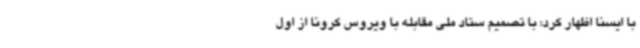
با ایسنا اظهار کرد: با تصمیم ستاد ملی مقابله با ویروس کرونا از اول